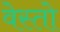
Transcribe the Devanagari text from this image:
वेस्तो